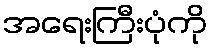
အရေးကြီးပုံကို